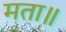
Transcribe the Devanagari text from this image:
मता॥